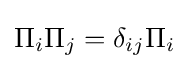
\Pi _{i}\Pi _{j}=\delta _{ij}\Pi _{i}